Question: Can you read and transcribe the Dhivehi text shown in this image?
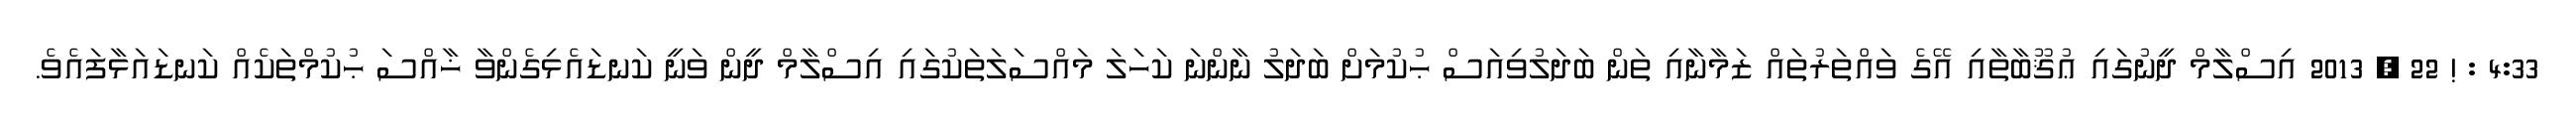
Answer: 4:33 : ! 22 , 2013 އިސްލާމް ދީނުގައި ޢުޤޫބާތާއި އޭގެ ވައްތަރުތައް ޒަމާނާއި ތަން ބަދަލުވިއަސް ޙުކުމަށް ބަދަލު ނާންނަ ކަހަލަ މައްސަލަތަކުގައި އިސްލާމް ދީން ވަނީ ކަނޑައެޅިގެންވާ ޚާއްސަ ޙުކުމްތަކެއް ކަނޑައަޅާފައެވެ.